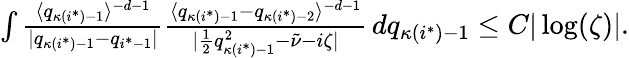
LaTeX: \begin{array}{r}{\int\frac{\langle q_{\kappa(i^{*})-1}\rangle^{-d-1}}{|q_{\kappa(i^{*})-1}-q_{i^{*}-1}|}\frac{\langle q_{\kappa(i^{*})-1}-q_{\kappa(i^{*})-2}\rangle^{-d-1}}{|\frac{1}{2}q_{\kappa(i^{*})-1}^{2}-\tilde{\nu}-i\zeta|}\, dq_{\kappa(i^{*})-1}\leq C|\log(\zeta)|.}\end{array}